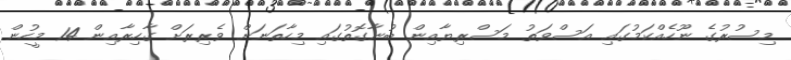
މިސުރުގެ ނޫހެއްކަމުގައި އަސްވަތު މަސްރިޔާއިން ބުނާގޮތުގައި މިހާތަނަށް ވެރިރަށް ގާހިރާއިން 14 މީހުން